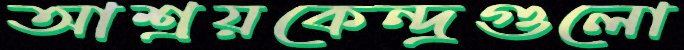
আশ্রয়কেন্দ্রগুলো